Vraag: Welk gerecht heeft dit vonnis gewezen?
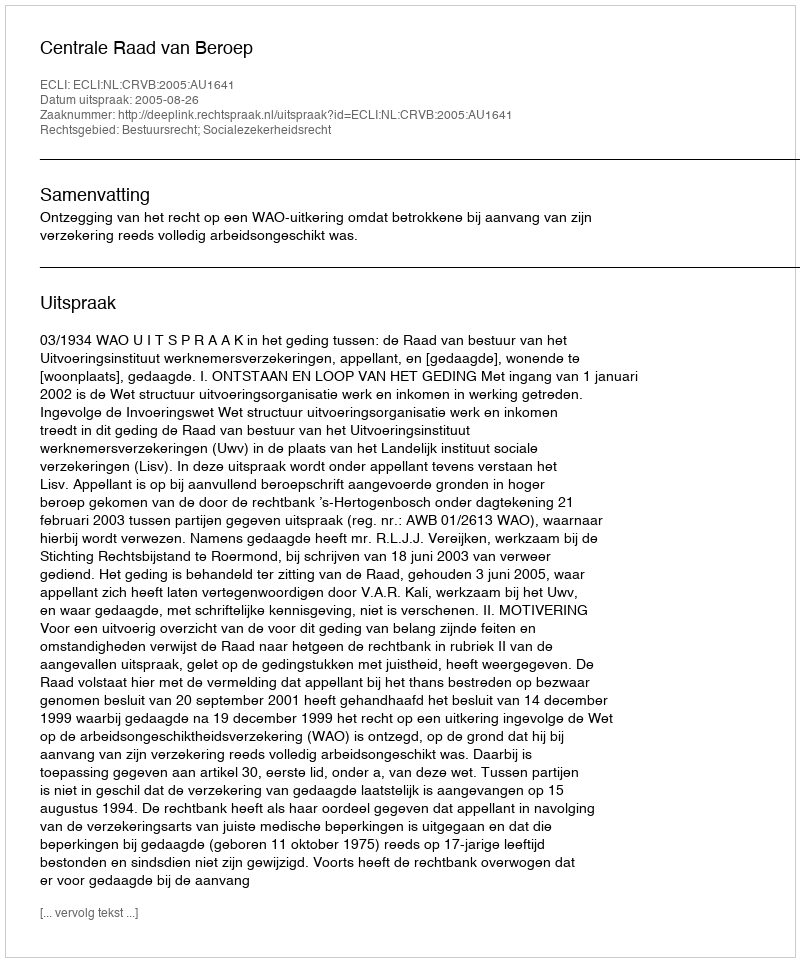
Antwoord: Centrale Raad van Beroep